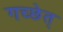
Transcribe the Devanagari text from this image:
गच्छेत्‌